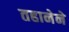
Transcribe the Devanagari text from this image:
तहानेने